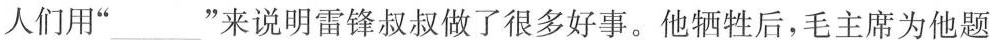
人们用”___”来说明雷锋叔叔做了很多好事。他牺牲后，毛主席为他题